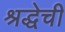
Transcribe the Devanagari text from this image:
श्रद्धेची